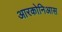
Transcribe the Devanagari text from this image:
आरकोनिआस